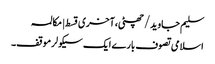
سلیم جاوید/چھٹی،آخری قسط | مکالمہ
اسلامی تصوف بارے ایک سیکولرموقف۔